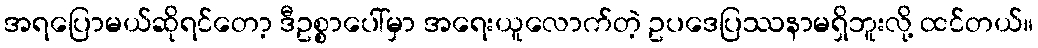
အရပြောမယ်ဆိုရင်တော့ ဒီဥစ္စာပေါ်မှာ အရေးယူလောက်တဲ့ ဥပဒေပြဿနာမရှိဘူးလို့ ထင်တယ်။